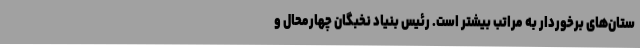
ستان‌های برخوردار به مراتب بیشتر است. رئیس بنیاد نخبگان چهارمحال و